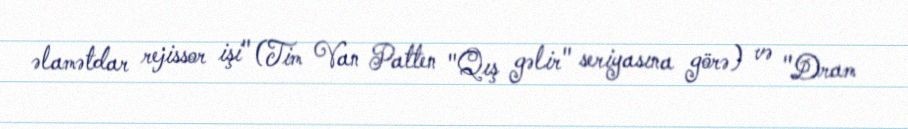
əlamətdar rejissor işi" (Tim Van Patten "Qış gəlir" seriyasına görə) və "Dram